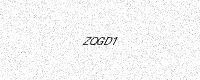
Text: ZQGD1